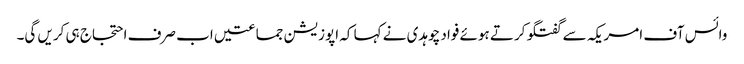
وائس آف امریکہ سے گفتگو کرتے ہوئے فواد چوہدی نے کہا کہ اپوزیشن جماعتیں اب صرف احتجاج ہی کریں گی۔